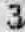
3